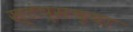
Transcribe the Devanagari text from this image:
स्टंप्सच्या